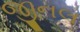
જીનલ